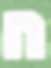
ה